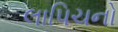
લાપિચનો